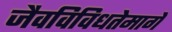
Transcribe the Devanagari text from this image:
जैवविविधतेमागे